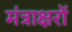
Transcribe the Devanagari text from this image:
मंत्राक्षरों